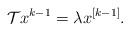
LaTeX: \begin{align*}\mathcal{T}x^{k-1}=\lambda x^{[k-1]}.\end{align*}